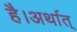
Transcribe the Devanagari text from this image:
है।अर्थात्